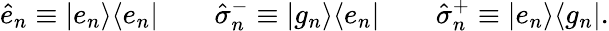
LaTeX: \hat{e}_{n}\equiv|e_{n}\rangle\langle e_{n}|\qquad\hat{\sigma}_{n}^{-}\equiv|g_{n}\rangle\langle e_{n}|\qquad\hat{\sigma}_{n}^{+}\equiv|e_{n}\rangle\langle g_{n}|.